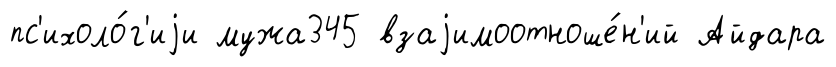
пс'ихоло́г'иjи мужа345 взаjимоотноше́н'ий Айдара